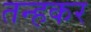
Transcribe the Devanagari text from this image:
तन्हकर